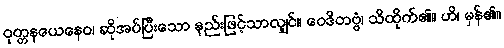
ဝုတ္တနယေနေဝ၊ ဆိုအပ်ပြီးသော နည်းဖြင့်သာလျှင်။ ဝေဒိတဗ္ဗံ၊ သိထိုက်၏။ ဟိ၊ မှန်၏။